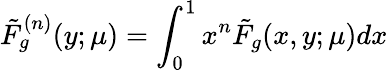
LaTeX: \tilde{F}_{g}^{(n)}(y;\mu)=\int_{0}^{1}x^{n}\tilde{F}_{g}(x,y;\mu)dx